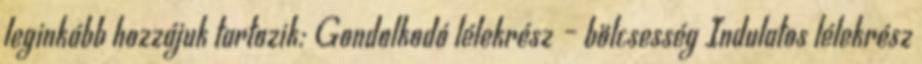
leginkább hozzájuk tartozik: Gondolkodó lélekrész – bölcsesség Indulatos lélekrész